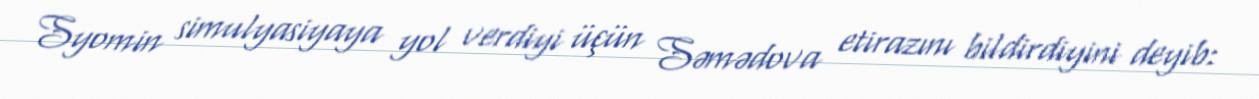
Syomin simulyasiyaya yol verdiyi üçün Səmədova etirazını bildirdiyini deyib: